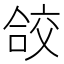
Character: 𭉁